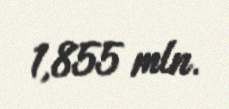
1,855 mln.